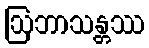
ဩဘာသန္တဿ